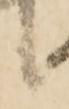
候